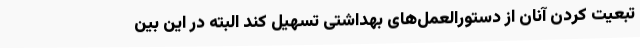
تبعیت کردن آنان از دستورالعمل‌های بهداشتی تسهیل کند البته در این بین